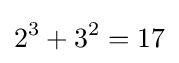
2^{3}+3^{2}=17